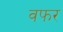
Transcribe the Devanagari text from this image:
वफर